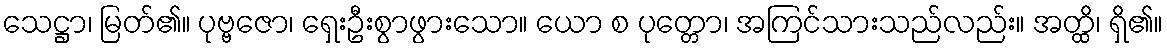
သေဋ္ဌာ၊ မြတ်၏။ ပုဗ္ဗဇော၊ ရှေးဦးစွာဖွားသော။ ယော စ ပုတ္တော၊ အကြင်သားသည်လည်း။ အတ္ထိ၊ ရှိ၏။